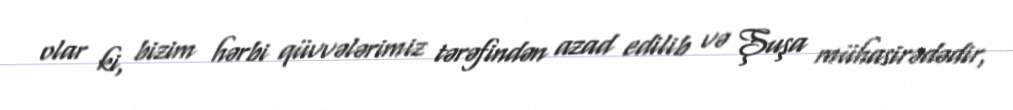
olar ki, bizim hərbi qüvvələrimiz tərəfindən azad edilib və Şuşa mühasirədədir,